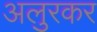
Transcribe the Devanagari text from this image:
अलुरकर